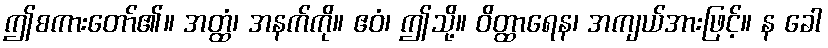
ဤစကားတော်၏။ အတ္ထံ၊ အနက်ကို။ ဧဝံ၊ ဤသို့။ ဝိတ္ထာရေန၊ အကျယ်အားဖြင့်။ န ခေါ